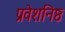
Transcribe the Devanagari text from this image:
प्रवेशनिष्ठ